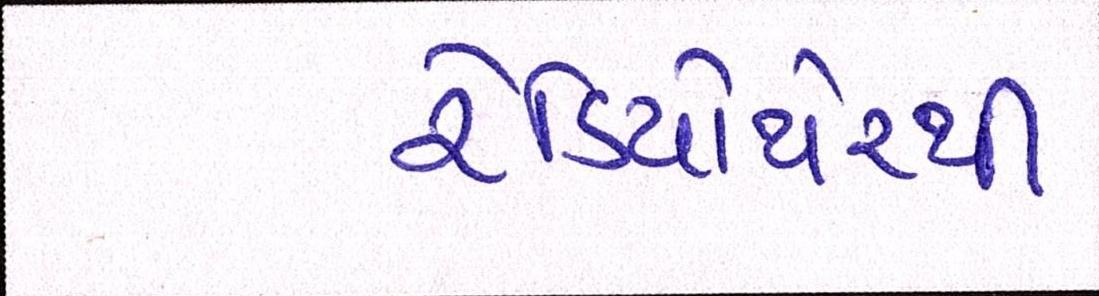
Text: રેડિયોથેરપી